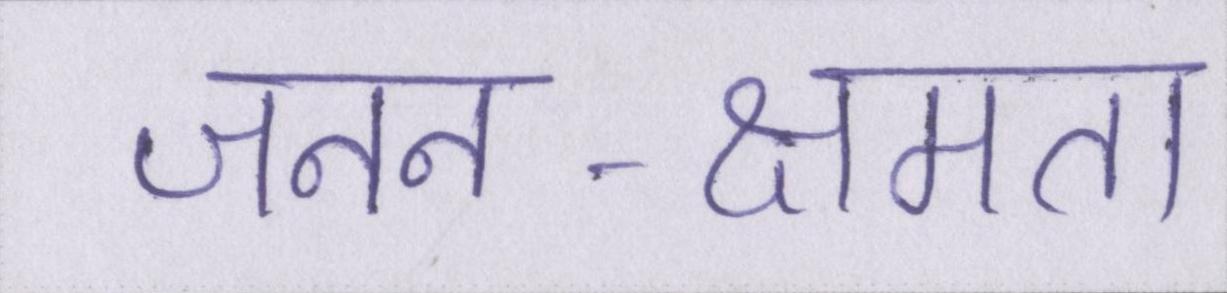
जनन-क्षमता